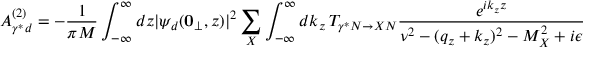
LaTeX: { \cal A } _ { \gamma ^ { * } d } ^ { ( 2 ) } = - \frac { 1 } { \pi M } \int _ { - \infty } ^ { \infty } d z | \psi _ { d } ( { \bf 0 } _ { \perp } , z ) | ^ { 2 } \sum _ { X } \int _ { - \infty } ^ { \infty } d k _ { z } \, T _ { \gamma ^ { * } N \rightarrow X N } \frac { e ^ { i k _ { z } z } } { \nu ^ { 2 } - ( q _ { z } + k _ { z } ) ^ { 2 } - M _ { X } ^ { 2 } + i \epsilon } T _ { X N \rightarrow \gamma ^ { * } N } .